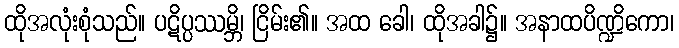
ထိုအလုံးစုံသည်။ ပဋိပ္ပဿမ္ဘိ၊ ငြိမ်း၏။ အထ ခေါ၊ ထိုအခါ၌။ အနာထပိဏ္ဍိကော၊